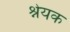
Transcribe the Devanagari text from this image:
श्नेयक